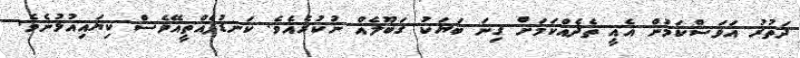
ދަތުރު އަވަސްކަމުން އެއީ ތެދެއްކަމަށް ގިނަ ބަޔަކު ގަބޫލެއް ނުކުރެއެވެ. ކަނޑުފެއްތީއޭވެސް ކިޔައިއުޅުނެވެ.